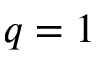
q = 1